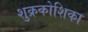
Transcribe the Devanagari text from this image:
शुक्रकोशिका